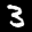
Label: 3